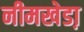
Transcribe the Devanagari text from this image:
नीमखेडा़